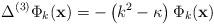
LaTeX: \begin{align*}\Delta^{(3)}\Phi_k({\bf x})=-\left(k^2-\kappa\right)\Phi_k({\bf x})\end{align*}